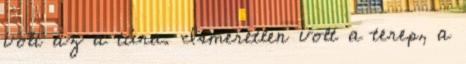
volt az a túra. Ismeretlen volt a terep, a